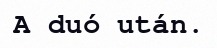
A duó után.